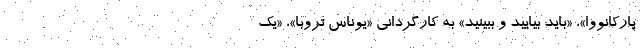
پارکانووا»،‌ «باید بیایید و ببینید» به کارگردانی «یوناس تروبا»، «یک